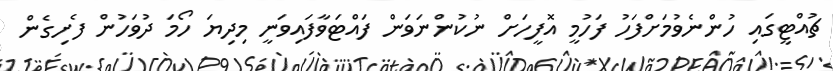
ޗުއްޓީގައި ހުންނެވުމަށްފަހު ފަހުމީ އޮފީހަށް ނުކުންނަވަން ފައްޓަވާފައިވަނީ މިދިޔަ ހޯމަ ދުވަހުން ފެށިގެން